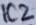
Text: IC2